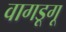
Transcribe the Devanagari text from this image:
वागडूगू